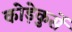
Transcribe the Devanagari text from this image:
कोड़ेकुर्से